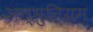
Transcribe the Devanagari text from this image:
अल्‍मुनियम